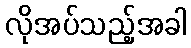
လိုအပ်သည့်အခါ